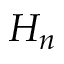
H _ { n }